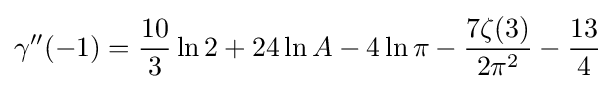
\gamma ''(-1)={\frac {10}{3}}\ln 2+24\ln A-4\ln \pi -{\frac {7\zeta (3)}{2\pi ^{2}}}-{\frac {13}{4}}